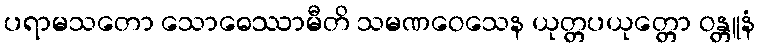
ပရာမသတော သောဓေဿာမီတိ သမဏဝေသေန ယုတ္တပယုတ္တော ဝန္တူနံ